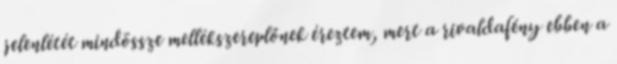
jelenlétét mindössze mellékszereplőnek éreztem, mert a rivaldafény ebben a